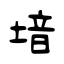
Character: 堷